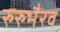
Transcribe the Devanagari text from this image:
रुरुभैरव